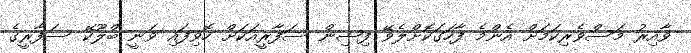
ވާއިރު މަސްވެރިކަމަށް އެންމެ ފާހަގަކޮށްލެވޭ ފިޝިން ސަފާރީއަކަށް ހޮވިފައި ވަނީ ބްލޫކޭ ސަފާރީގެ